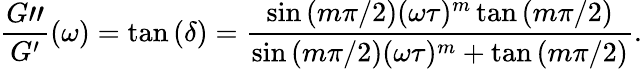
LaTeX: \frac{G"}{G^{\prime}}(\omega)=\tan{(\delta)}=\frac{\sin\left(m\pi/2\right)(\omega\tau)^{m}\tan\left(m\pi/2\right)}{\sin{\left(m\pi/2\right)}(\omega\tau)^{m}+\tan{\left(m\pi/2\right)}}.